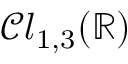
{ \mathcal { C l } } _ { 1 , 3 } ( \mathbb { R } )